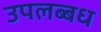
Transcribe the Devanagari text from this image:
उपलब्बध